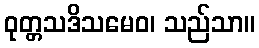
ဝုတ္တသဒိသမေဝ၊ သည်သာ။